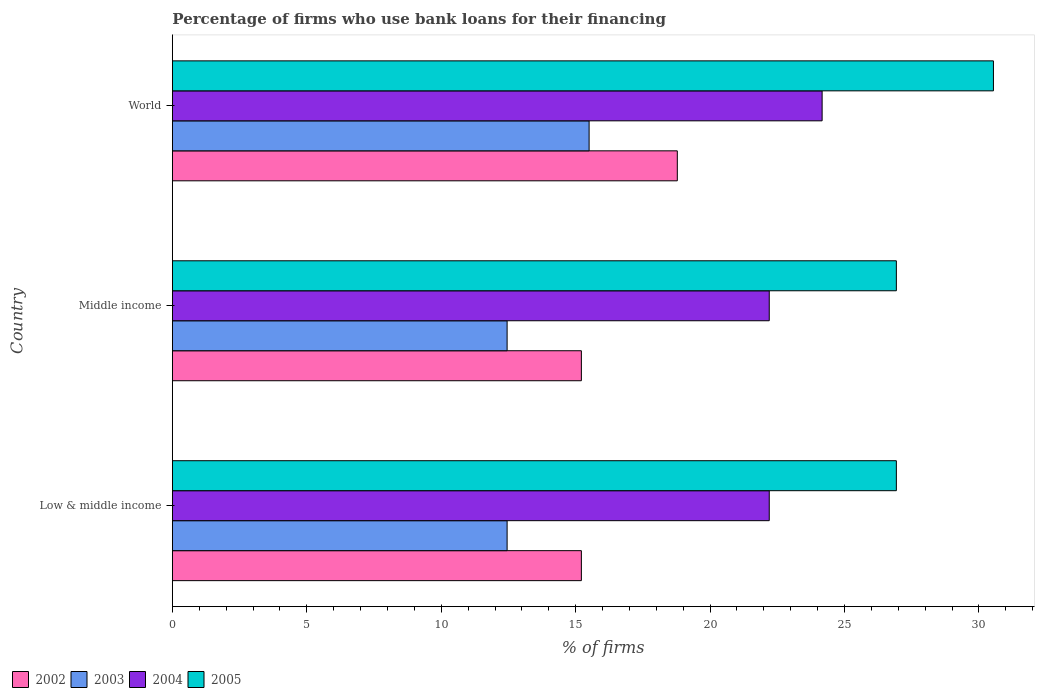
| Country | 2002 | 2003 | 2004 | 2005 |
 | --- | --- | --- | --- | --- |
 | Low & middle income | 15.2 | 12.4 | 22.2 | 26.9 |
 | Middle income | 15.2 | 12.4 | 22.2 | 26.9 |
 | World | 18.8 | 15.5 | 24.2 | 30.5 |